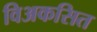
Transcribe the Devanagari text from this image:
विअकसित